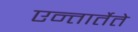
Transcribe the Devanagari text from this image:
एन्तार्तेते